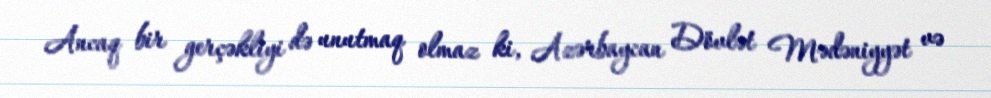
Ancaq bir gerçəkliyi də unutmaq olmaz ki, Azərbaycan Dövlət Mədəniyyət və